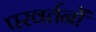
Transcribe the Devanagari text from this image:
परवर्तनों